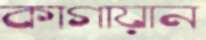
কাগায়ান